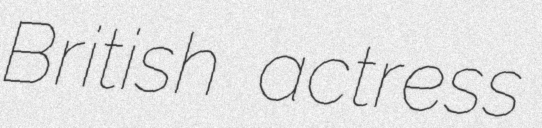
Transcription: British actress